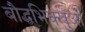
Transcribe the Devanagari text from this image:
बौद्धभिक्खुओं